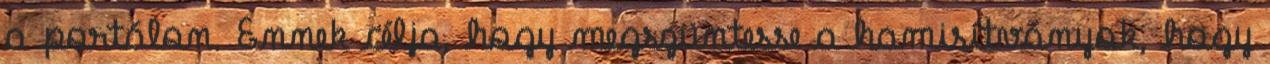
a portálon. Ennek célja, hogy megszüntesse a hamisítványok, hogy